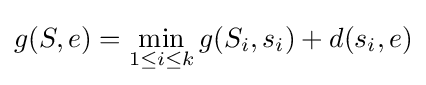
g(S,e)=\min _{1\leq i\leq k}g(S_{i},s_{i})+d(s_{i},e)